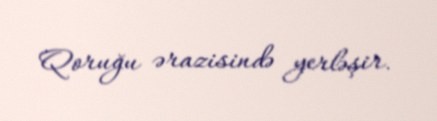
Qoruğu ərazisində yerləşir.